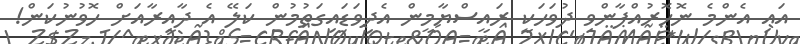
އައި އެންމެ ނޮހޮރުއްޕާންވި ދުވަހަކީ ރައީސްޔާމީން އެދިވަޑައިގަތުމުން ކަލޭ އެ ދާއިރާއަށް ހޮވުނުކަން!